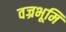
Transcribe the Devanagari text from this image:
वज्रभूमि